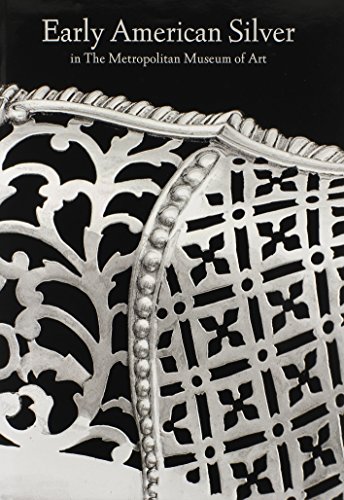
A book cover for Early American Silver in The Metropolitan Museum of Art; Beth Carver Wees; Crafts, Hobbies & Home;